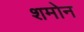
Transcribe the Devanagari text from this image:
शमोन